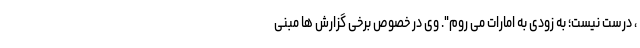
، درست نیست؛ به زودی به امارات می روم". وی در خصوص برخی گزارش ها مبنی